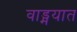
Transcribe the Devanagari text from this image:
वाड्मयात